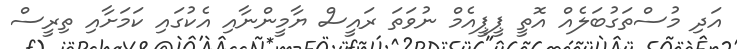
އަދި މުސްތަގުބަލެއް އޮތީ ޕީޕީއެމް ނުވަތަ ރައީސް ޔާމީންނާއި އެކުގައި ކަމަށާއި ތިރީސް